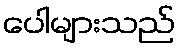
ပေါများသည်